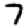
Digit: 7